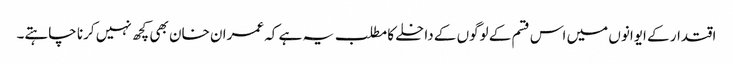
اقتدار کے ایوانوں میں اس قسم کے لوگوں کے داخلے کا مطلب یہ ہے کہ عمران خان بھی کچھ نہیں کرنا چاہتے۔